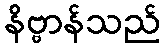
နိဗ္ဗာန်သည်